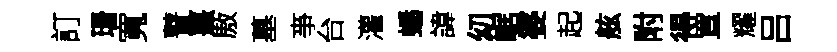
訂珊寬瞽熹厫墓亊台灌蟠諱㓜崌婆起舷附得罝耀吕